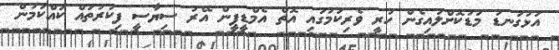
އަޅުގަނޑު މަޑުކޮށްލައިގެން ހުރީ ވެރިކަމުގައި އޮތް އެމްޑީޕީން އޭރު ސިޔާސީ ފިކުރުތައް ކައްކަމުން